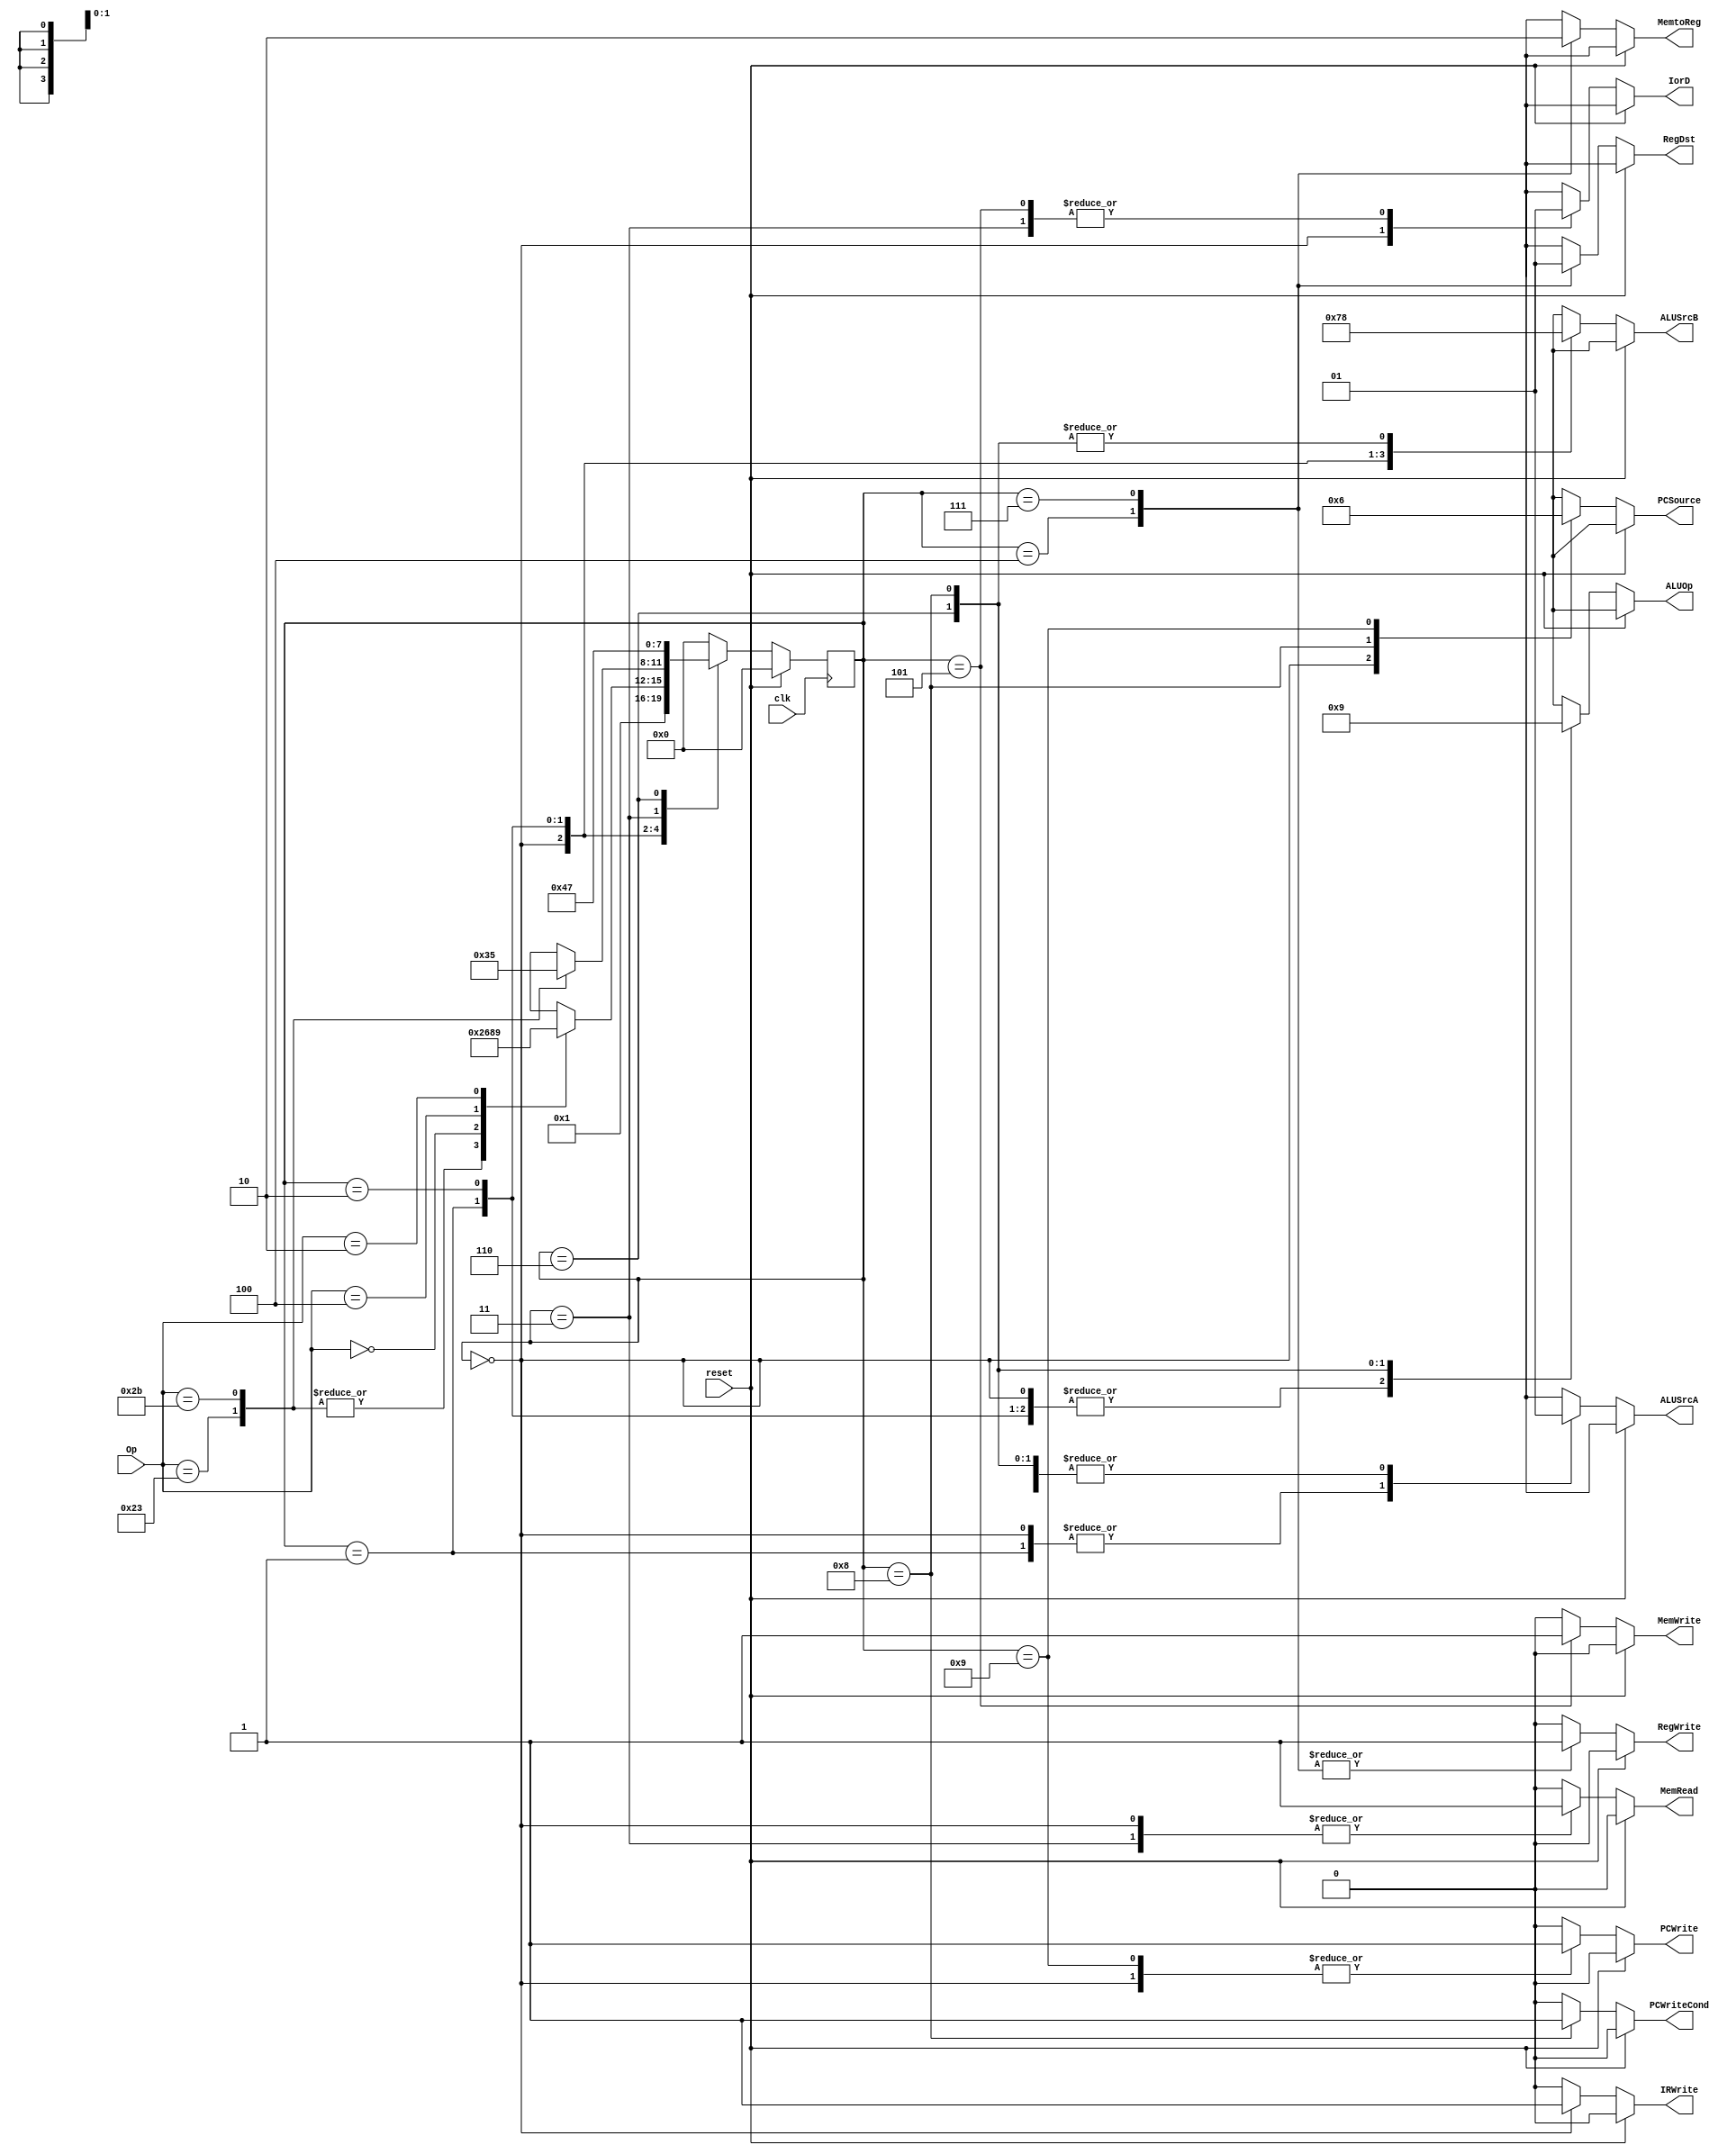
//-----------------------------------------------------------------------------
// Title         : MIPS Single-Cycle Control Unit
// Project       : ECE 313 - Computer Organization
//-----------------------------------------------------------------------------
// Organization  : Lafayette College
// 
//-----------------------------------------------------------------------------
// Description :
//   Control unit for the MIPS "Multicycle" processor implementation described
//   Section 5.5 of "Computer Organization and Design, 3rd ed."
//   by David Patterson & John Hennessey, Morgan Kaufmann, 2004 (COD3e).  
//
//   It implements the function specified in Figure 5.38 on p. 339 of COD3e.
//
//-----------------------------------------------------------------------------

module control_multi( clk, reset, Op, PCWrite, PCWriteCond, IorD, MemRead, MemWrite,
                     MemtoReg, IRWrite, PCSource, ALUOp, ALUSrcB, ALUSrcA, RegWrite, RegDst );
input clk;
input reset;
input [5:0] Op;
output PCWrite;
output PCWriteCond;
output IorD;
output MemRead;
output MemWrite;
output MemtoReg;
output IRWrite;
output [1:0] PCSource;
output [1:0] ALUOp;
output ALUSrcA;
output [1:0] ALUSrcB;
output RegWrite;
output RegDst;

reg PCWrite;
reg PCWriteCond;
reg IorD;
reg MemRead;
reg MemWrite;
reg MemtoReg;
reg IRWrite;
reg [1:0] PCSource;
reg [1:0] ALUOp;
reg ALUSrcA;
reg [1:0] ALUSrcB;
reg RegWrite;
reg RegDst;

// Symbolic constants for Opcodes
    parameter R_FORMAT = 6'd0;
    parameter LW       = 6'd35;
    parameter SW       = 6'd43;
    parameter BEQ      = 6'd4;
    parameter ADDI     = 6'd8;
    parameter J        = 6'd2;


reg [3:0] current_state, next_state;

// State Codes for FSM
parameter S0=4'd0, S1=4'd1, S2=4'd2, S3=4'd3, S4=4'd4,
          S5=4'd5, S6=4'd6, S7=4'D7, S8=4'd8, S9=4'd9, ERROR=4'bxxxx;

// State Register
always @(posedge clk) 
  if (reset) current_state <= S0;
  else current_state <= next_state;


// Next-State & Output Logic
always @(current_state or Op or reset)
begin
  // default values
  PCWrite = 1'b0;
  PCWriteCond = 1'b0;
  IorD     = 1'bx;
  MemRead  = 1'b0;
  MemWrite = 1'b0;
  MemtoReg = 1'bx;
  IRWrite  = 1'b0;
  PCSource = 2'bxx;
  ALUOp    = 2'bxx;
  ALUSrcA  = 1'bx;
  ALUSrcB  = 2'bxx;
  RegWrite = 1'b0;
  RegDst   = 1'bx;
  if (reset) next_state = S0;
  else case (current_state)
    S0: begin
      MemRead = 1'b1;
      ALUSrcA = 1'b0;
      IorD = 1'b0;
      IRWrite = 1'b1;
      ALUSrcB = 2'b01;
      ALUOp = 2'b00;
      PCWrite = 1'b1;
      PCSource = 2'b00;
      next_state = S1;
    end
    S1: begin
      ALUSrcA = 1'b0;
      ALUSrcB = 2'b11;
      ALUOp = 2'b00;
      case (Op)
        LW, SW:    next_state = S2;
        R_FORMAT:  next_state = S6;
        BEQ:       next_state = S8;
        J:         next_state = S9;
        default:   next_state = ERROR;  // Important!
      endcase
    end
    S2: begin
      ALUSrcA = 1'b1;
      ALUSrcB = 2'b10;
      ALUOp = 2'b00;
      case (Op)
        LW:      next_state = S3;
        SW:      next_state = S5;
        default: next_state = ERROR;  // Should never happen!
      endcase
    end
    S3: begin
      MemRead = 1'b1;
      IorD = 1'b1;
      next_state = S4;
    end
    S4: begin
      RegDst = 1'b0;
      RegWrite = 1'b1;
      MemtoReg = 1'b1;
      next_state = S0;
    end
    S5: begin
      MemWrite = 1'b1;
      IorD = 1'b1;
      next_state = S0;
    end
    S6: begin
      ALUSrcA = 1'b1;
      ALUSrcB = 2'b00;
      ALUOp = 2'b10;
      next_state = S7;
    end
    S7: begin
      RegDst = 1'b1;
      RegWrite = 1'b1;
      MemtoReg = 1'b0;
      next_state = S0;
    end
    S8: begin
      ALUSrcA = 1'b1;
      ALUSrcB = 2'b00;
      ALUOp = 2'b01;
      PCWriteCond = 1'b1;
      PCSource = 2'b01;
      next_state = S0;
    end
    S9: begin
      PCWrite = 1'b1;
      PCSource = 2'b10;
      next_state = S0;
    end
    default: next_state = S0;
  endcase
end // always

endmodule